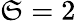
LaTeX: \mathfrak{S}=2